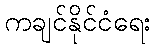
ကချင်နိုင်ငံရေး